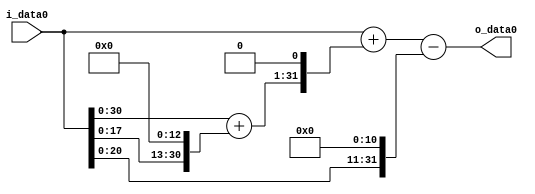
module multiplier_block_121 (
    i_data0,
    o_data0
);
  input   [31:0] i_data0;
  output  [31:0]
    o_data0;
  wire [31:0]
    w1,
    w8192,
    w8193,
    w16386,
    w16387,
    w2048,
    w14339;
  assign w1 = i_data0;
  assign w14339 = w16387 - w2048;
  assign w16386 = w8193 << 1;
  assign w16387 = w1 + w16386;
  assign w2048 = w1 << 11;
  assign w8192 = w1 << 13;
  assign w8193 = w1 + w8192;
  assign o_data0 = w14339;
endmodule